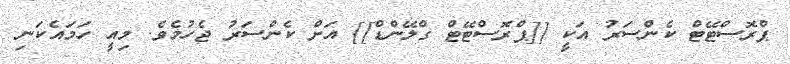
ޕްރޮސްޓޭޓް ކެންސަރު އަކީ [[ޕްރޮސްޓޭޓް ގްލޭންޑް]] އަށް ކެންސަރު ޖެހުމެވެ. މިއީ ހަމައެކަނި